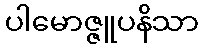
ပါမောဇ္ဇူပနိသာ